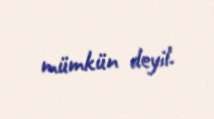
mümkün deyil.